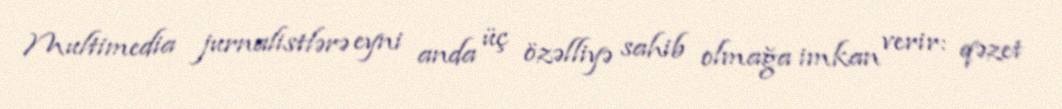
Multimedia jurnalistlərə eyni anda üç özəlliyə sahib olmağa imkan verir: qəzet